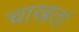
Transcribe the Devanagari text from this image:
चाखतां